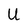
Character: U